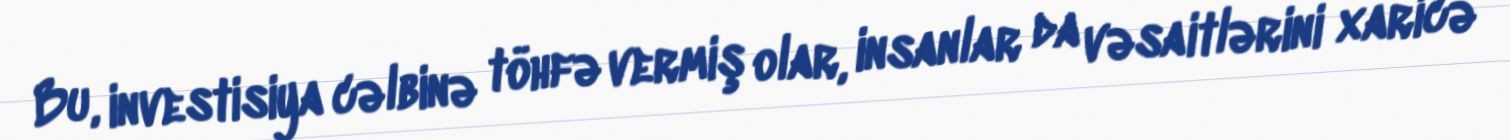
Bu, investisiya cəlbinə töhfə vermiş olar, insanlar da vəsaitlərini xaricə